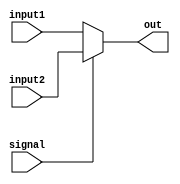
module mux_2_to_1 (input wire [31:0] input1, input wire [31:0] input2, input wire signal, output reg [31:0] out);
 
always@(*)begin
		if (signal) begin
			out[31:0] <= input2[31:0];
		end
		else begin
			out[31:0] <= input1[31:0];
		end
	end
 
endmodule